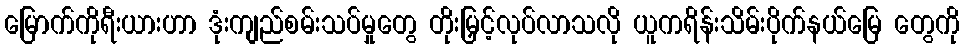
မြောက်ကိုရီးယားဟာ ဒုံးကျည်စမ်းသပ်မှုတွေ တိုးမြှင့်လုပ်လာသလို ယူကရိန်းသိမ်းပိုက်နယ်မြေ တွေကို